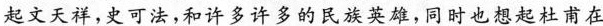
起文天样，史可法，和许多许多的民族莫雄，同时也想起杜甫在